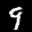
Label: 9